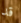
قد